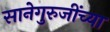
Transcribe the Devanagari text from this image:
सानेगुरुजींच्या